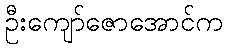
ဦးကျော်ဇောအောင်က